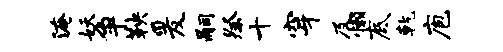
淹妖争鞅爰嗣祭十穿及懒底乾庖